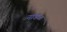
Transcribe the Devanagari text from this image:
नाडळ